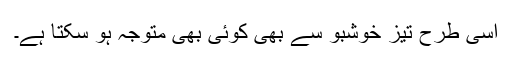
اسی طرح تیز خوشبو سے بھی کوئی بھی متوجہ ہو سکتا ہے۔